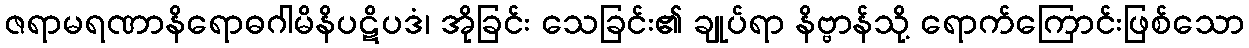
ဇရာမရဏာနိရောဓဂါမိနိပဋိပဒံ၊ အိုခြင်း သေခြင်း၏ ချုပ်ရာ နိဗ္ဗာန်သို့ ရောက်ကြောင်းဖြစ်သော